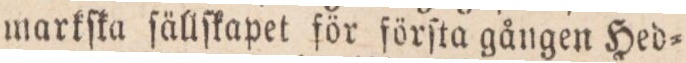
markſka ſällſkapet för förſta gången Hed=